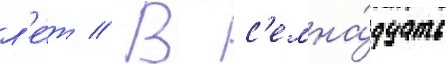
л'е́т // В с'емна́дцать